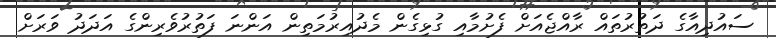
ސައުދިއާގެ ދަތުރުތައް ރާއްޖެއަށް ފެށުމާއި ގުޅިގެން މެދުއިރުމަތިން އަންނަ ފަތުރުވެރިންގެ އަދަދު ވަރަށް